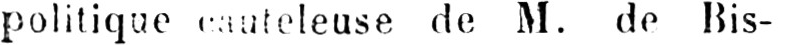
politique cauteleuse de M. de Bis-